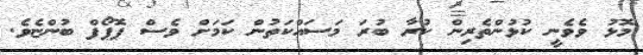
މޮޅު ވެވެނީ ކުޅުންތެރިން ކުރާ ބުރަ މަސައްކަތުން ކަމަށް ވެސް ޕޮޕޯފް ބުންޏެވެ.